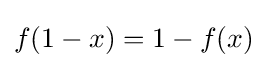
f(1-x)=1-f(x)